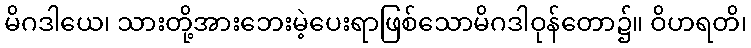
မိဂဒါယေ၊ သားတို့အားဘေးမဲ့ပေးရာဖြစ်သောမိဂဒါဝုန်တော၌။ ဝိဟရတိ၊